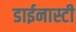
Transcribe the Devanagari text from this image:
डाईनास्टी